[Report on the health of British troops in the Madras command]
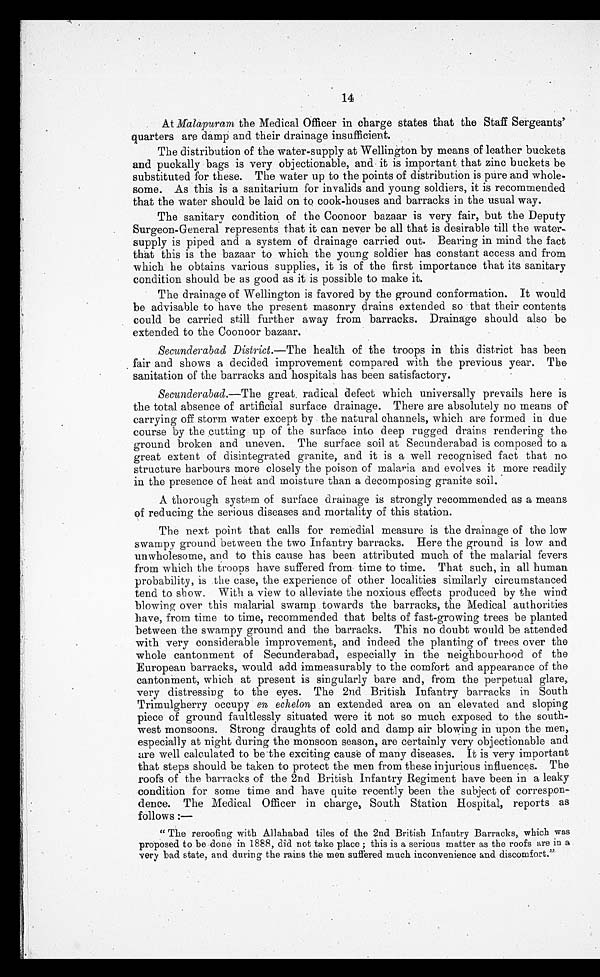
14
At Malapuram the Medical Officer in charge states that the Staff Sergeants'
quarters are damp and their drainage insufficient.
The distribution of the water-supply at Wellington by means of leather buckets
and puckally bags is very objectionable, and it is important that zinc buckets be
substituted for these. The water up to the points of distribution is pure and whole
-some. As this is a sanitarium for invalids and young soldiers, it is recommended
that the water should be laid on to cook-houses and barracks in the usual way.
The sanitary condition of the Coonoor bazaar is very fair, but the Deputy
Surgeon-General represents that it can never be all that is desirable till the water-
supply is piped and a system of drainage carried out. Bearing in mind the fact
that this is the bazaar to which the young soldier has constant access and from
which he obtains various supplies, it is of the first importance that its sanitary
condition should be as good as it is possible to make it.
The drainage of Wellington is favored by the ground conformation. It would
be advisable to have the present masonry drains extended so that their contents
could be carried still further away from barracks. Drainage should also be
extended to the Coonoor bazaar.
Secunderabad District .—The health of the troops in this district has been
fair and shows a decided improvement compared with the previous year. The
sanitation of the barracks and hospitals has been satisfactory.
Secunderabad .—The great radical defect which universally prevails here is
the total absence of artificial surface drainage. There are absolutely no means of
carrying off storm water except by the natural channels, which are formed in due
course by the cutting up of the surface into deep rugged drains rendering the
ground broken and uneven. The surface soil at Secunderabad is composed to a
great extent of disintegrated granite, and it is a well recognised fact that no
structure harbours more closely the poison of malaria and evolves it more readily
in the presence of heat and moisture than a decomposing granite soil.
A thorough system of surface drainage is strongly recommended as a means
of reducing the serious diseases and mortality of this station.
The next, point that calls for remedial measure is the drainage of the low
swampy ground between the two Infantry barracks. Here the ground is low and
unwholesome, and to this cause has been attributed much of the malarial fevers
from which the troops have suffered from time to time. That such, in all human
probability, is the case, the experience of other localities similarly circumstanced
tend to show. With a view to alleviate the noxious effects produced by the wind
blowing over this malarial swamp towards the barracks, the Medical authorities
have, from time to time, recommended that belts of fast-growing trees be planted
between the swampy ground and the barracks. This no doubt would be attended
with very considerable improvement, and indeed the planting of trees over the
whole cantonment of Secunderabad, especially in the neighbourhood of the
European barracks, would add immeasurably to the comfort and appearance of the
cantonment, which at present is singularly bare and, from the perpetual glare,
very distressing to the eyes. The 2nd British Infantry barracks in South
Trimulgherry occupy en echelon, an extended area on an elevated and sloping
piece of ground faultlessly situated were it not so much exposed to the south
-west monsoons. Strong draughts of cold and damp air blowing in upon the men,
especially at night during the monsoon season, are certainly very objectionable and
are well calculated to be the exciting cause of many diseases. It is very important
that steps should be taken to protect the men from these injurious influences. The
roofs of the barracks of the 2nd British Infantry Regiment have been in a leaky
condition for some time and have quite recently been the subject of correspon-
dence. The Medical Officer in charge, South Station Hospital, reports as
follows :—
" T h e r e r o o f i n g w i t h A l l a h a b a d t i l e s o f t h e 2 n d B r i t i s h I n f a n t r y B a r r a c k s , w h i c h w a s
proposed to be done in 1888, did not take place; this is a serious matter as the roofs are in a
very bad state, and during the rains the men suffered much inconvenience and discomfort."